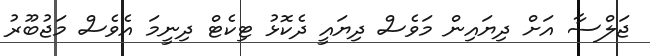
ޖަލްސާ އަށް ދިޔައިން މަވެސް ދިޔައީ ދެކޮޅު ޓިކެޓް ދިނީމަ އެވެސް މަޖުބޫރު